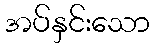
အပ်နှင်းသော